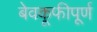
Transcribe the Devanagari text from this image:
बेवकूफीपूर्ण